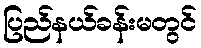
ပြည်နယ်ခန်းမတွင်